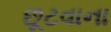
છૂટવાના